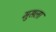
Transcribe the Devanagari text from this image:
मुसला